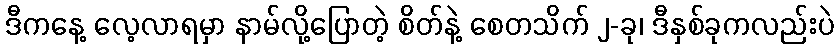
ဒီကနေ့ လေ့လာရမှာ နာမ်လို့ပြောတဲ့ စိတ်နဲ့ စေတသိက် ၂-ခု၊ ဒီနှစ်ခုကလည်းပဲ